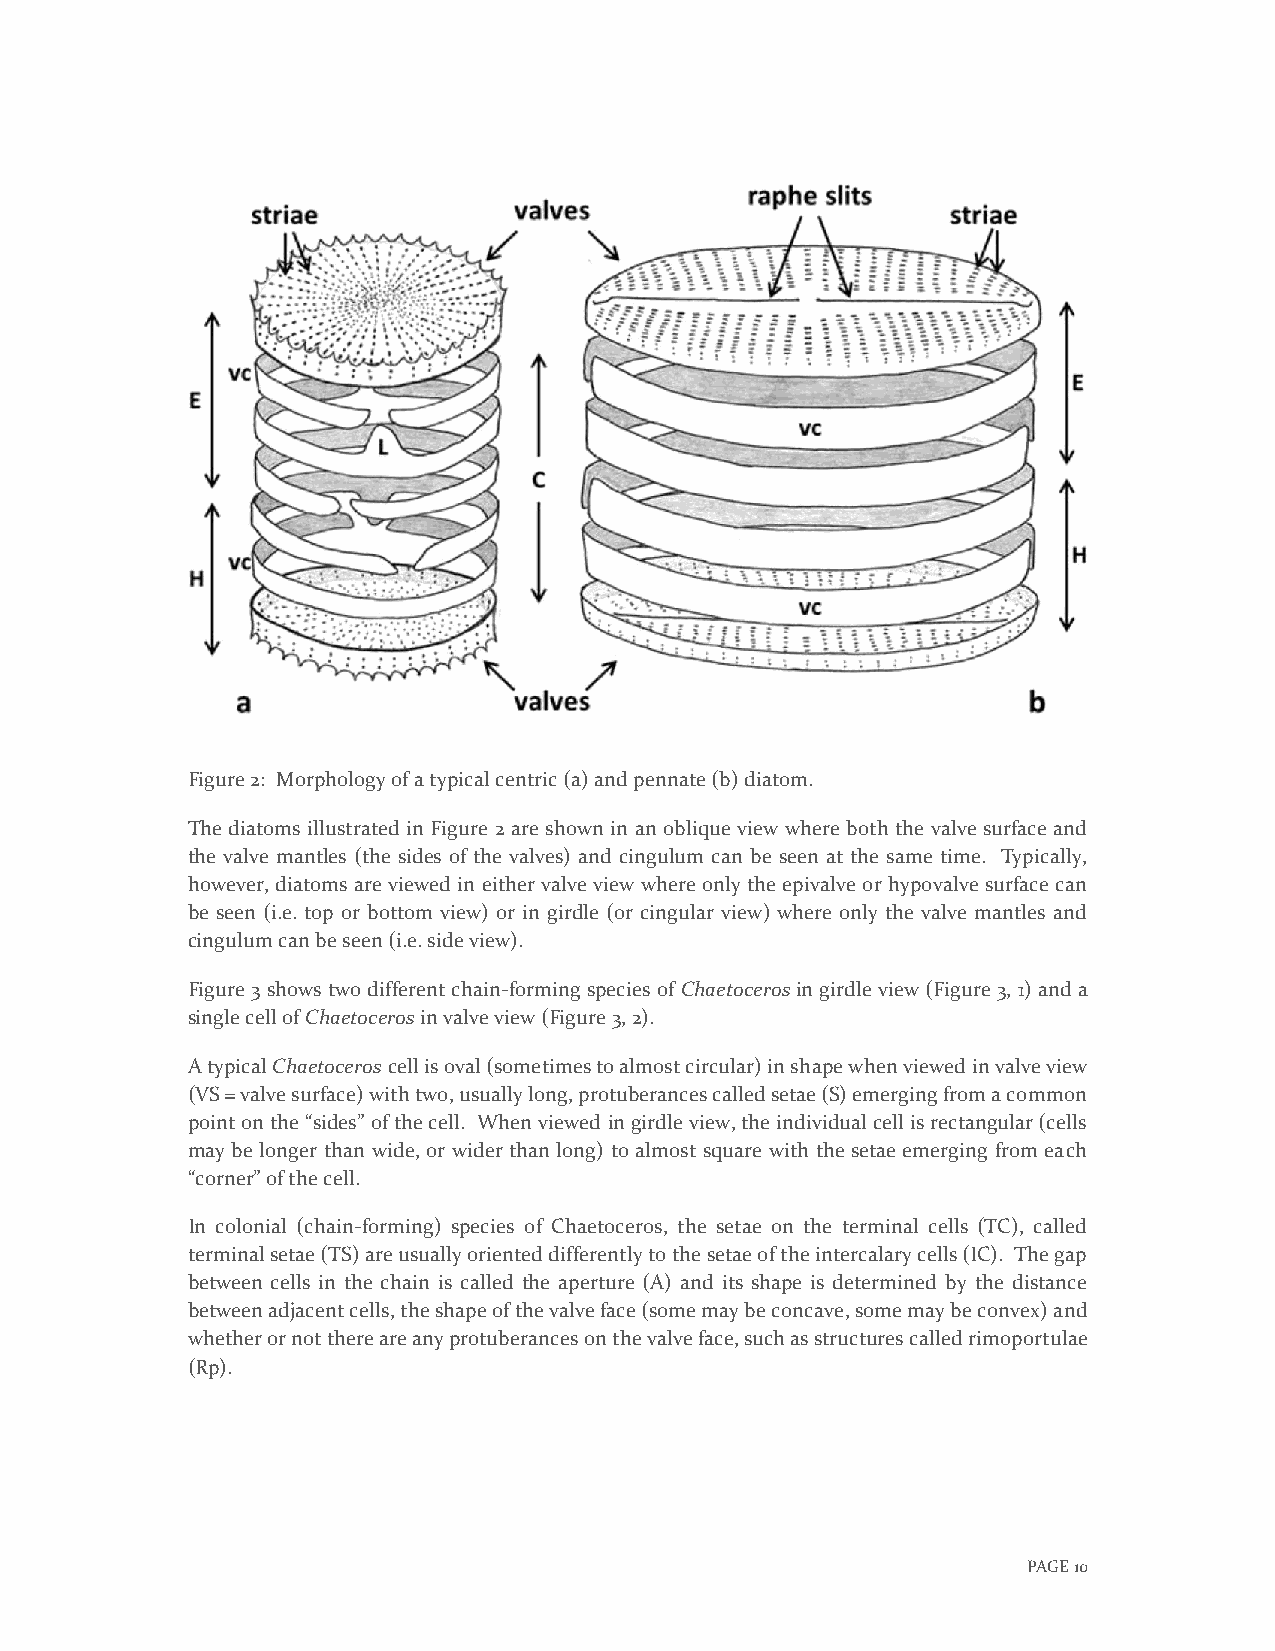
Figure 2: Morphology of a typical centric (a) and pennate (b) diatom.
 The diatoms illustrated in Figure 2 are shown in an oblique view where both the valve surface and
 the valve mantles (the sides of the valves) and cingulum can be seen at the same time. Typically,
 however, diatoms are viewed in either valve view where only the epivalve or hypovalve surface can
 be seen (i.e. top or bottom view) or in girdle (or cingular view) where only the valve mantles and
 cingulum can be seen (i.e. side view).
 Figure 3 shows two different chain-forming species of Chaetoceros in girdle view (Figure 3, 1) and a
 single cell of Chaetoceros in valve view (Figure 3, 2).
 A typical Chaetoceros cell is oval (sometimes to almost circular) in shape when viewed in valve view
 (VS = valve surface) with two, usually long, protuberances called setae (S) emerging from a common
 point on the “sides” of the cell. When viewed in girdle view, the individual cell is rectangular (cells
 may be longer than wide, or wider than long) to almost square with the setae emerging from each
 “corner” of the cell.
 In colonial (chain-forming) species of Chaetoceros, the setae on the terminal cells (TC), called
 terminal setae (TS) are usually oriented differently to the setae of the intercalary cells (IC). The gap
 between cells in the chain is called the aperture (A) and its shape is determined by the distance
 between adjacent cells, the shape of the valve face (some may be concave, some may be convex) and
 whether or not there are any protuberances on the valve face, such as structures called rimoportulae
 (Rp).
 PAGE 10